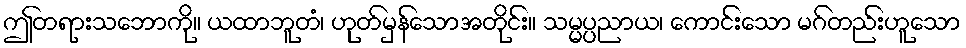
ဤတရားသဘောကို။ ယထာဘူတံ၊ ဟုတ်မှန်သောအတိုင်း။ သမ္မပ္ပညာယ၊ ကောင်းသော မဂ်တည်းဟူသော